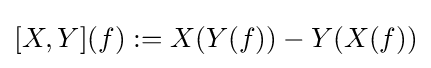
[X,Y](f):=X(Y(f))-Y(X(f))